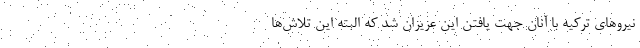
نیروهای ترکیه با آنان جهت یافتن این عزیزان شد‌ که البته این تلاش‌ها